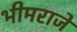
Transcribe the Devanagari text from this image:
भीमराजें